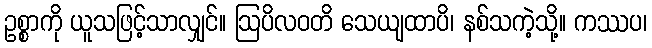
ဥစ္စာကို ယူသဖြင့်သာလျှင်။ ဩပိလဝတိ သေယျထာပိ၊ နစ်သကဲ့သို့။ ကဿပ၊